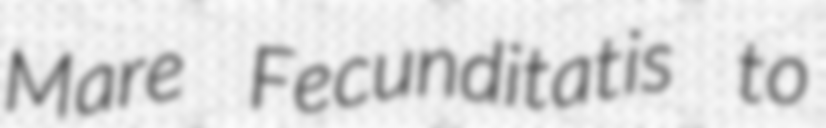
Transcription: Mare Fecunditatis to